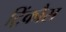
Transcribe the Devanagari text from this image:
ट्रिंकौस